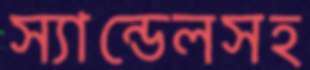
স্যান্ডেলসহ